Medical and sanitary report of the native army of Bengal for the year
Year: 1877
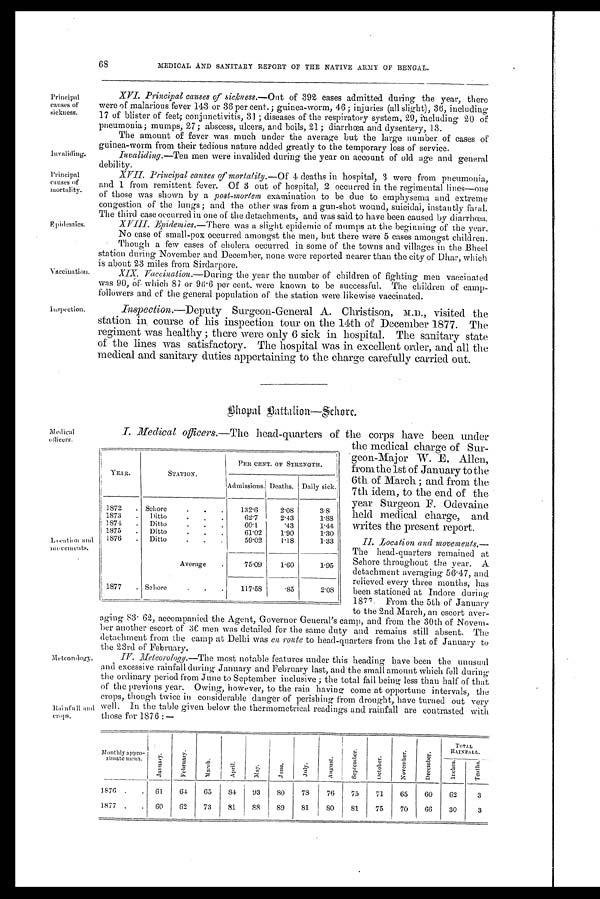
Invaliding.
Principal
causes of
mortality.
68
MEDICAL AND SANITARY REPORT OF THE NATIVE ARMY OF BENGAL.
Principal
causes of
sickness.
Epidemics.
Vaccination.
Inspection.
XVI. Principal causes of sichness.— Out of 392 cases admitted during the year, there
were of malarious fever 143 or 36 per cent.; guinea-worm, 46; injuries (all slight), 36, including
17 of blister of feet; conjunctivitis, 31; diseases of the respiratory system, 29, including 20 of
pneumonia; mumps, 27; abscess, ulcers, and boils, 21; diarrhœa and dysentery, 13.
The amount of fever was much under the average but the large number of cases of
guinea-worm from their tedious nature added greatly to the temporary loss of service.
Invaliding.— Ten men were invalided during the year on account of old age and general
debility.
XVII.
Principal causes of mortality.— Of 4 d e a t h s i n h o s p i t a l , 3 w e r e f r o m p n e u m o n i a ,
and 1 from remittent fever. Of 3 out of hospital, 2 occurred in the regimental lines—one
of those was shown by a post-mortem examination to be due to emphysema and extreme
congestion of the lungs; and the other was from a gun-shot wound, suicidal, instantly faral.
The third case occurred in one of the detachments, and was said to have been caused by diarrhœa.
Epidemics.— There was a slight epidemic of mumps at the beginning of the year.
No ease of small-pox occurred amongst the men, but there were 5 cases amongst children.
• Though a few cases of cholera occurred in some of the towns and villages in the Bheel
station during November and December, none were reported nearer than the city of Dhar, which
is about 23 miles from Sirdarpore.
Vaccination.— During the year the number of children of fighting men vaccinated
was 90, of which 87 or 96.6 per cent. were known to be successful. The children of camp-
followers and of the general population of the station were likewise vaccinated.
Inspection.— Deputy Surgeon-General A. Christison, M.D., visited the
station in course of his inspection tour on the 14th of December 1877. The
regiment was healthy; there were only 6 sick in hospital. The sanitary state
of the lines was satisfactory. The hospital was in excellent order, and all the
medical and sanitary duties appertaining to the charge carefully carried out.
Bhopal Battalion—Schore.
Medical
officers.
Location and
movements.
Metcorology
Rainfa1l and crops.
I. Medical officers.— The head-Quarters of the corps have been under
the medical charge of Sur-
geon-Major W. E. Allen,
from the 1st of January to the
6th of March; and from the
7th idem, to the end of the
year Surgeon F. Odevaine
held medical charge, and
writes the present report.
II. location and movements.—
The head-quarters remained at
Sehore throughout the year. A
detachment averaging 56.47, and
relieved every three months, has
been stationed at Indore during
1877. From the 5th of January
to the 2nd March, an escort aver-
aging 83.62, accompanied the Agent, Governor General's camp, and from the 30th of Novem-
ber another escort of 3C men was detailed for the same duty and remains still absent. The
detachment from the camp at Delhi was en route to head-quarters from the 1st of January to
the 23rd of February.
Meteorology.—The most notable features under this heading have been the unusual
and excessive rainfall during January and February last, and the small amount which fell during
the ordinary period from June to September inclusive; the total fall being less than half of that
of the previous year. Owing, however, to the rain having come at opportune intervals, the
crops, though twice in considerable danger of perishing from drought, have turned out very
well. In the table given below the thermometrical readings and rainfall are contrasted with
those for 1876:
Monthly appro-
ximate mean.
J a n u a r y .
F e b r u a r y .
M a r c h .
A p r i l .
M a y .
J u n e .
J u l y .
A u g u s t . S e p t e m b e r .
O c t o b e r .
N o v e m b e r .
D e c e m b e r .
T O T A L
RAINFALL.
I n c h e s .
T e n t h s .
1876
61
64
65
84
93
8 0
78
76
75
71
65
60
62
3
1877
60
62
73
81
88
89
8 1
80
81
75
70
66
30
3
YEAR.
STATION.
PER CENT. OF STRENGTH.
Admissions. Deaths. Daily sick.
1872
Sehore
132.6
2.08
3.8
1873
Ditto
62.7
2.43
1.88
1874
Ditto
60.1
.43
1.44
1875
Ditto
61.02
1.90
1.30
1876
Ditto
59.02
1.18
1.33
Average
75.09
1.60
1.95
1877
Sehore
117.58 .85
2.08